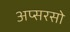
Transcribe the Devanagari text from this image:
अप्सरसो